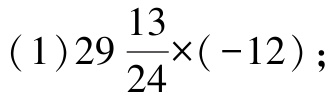
(1)$29\frac{13}{24}\times(-12)$;